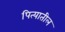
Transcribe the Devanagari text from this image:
पित्यातील